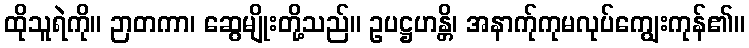
ထိုသူရဲကို။ ဉာတကာ၊ ဆွေမျိုးတို့သည်။ ဥပဋ္ဌဟန္တိ၊ အနာက်ုကုမလုပ်ကျွေးကုန်၏။